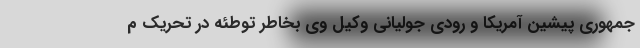
جمهوری پیشین آمریکا و رودی جولیانی وکیل وی بخاطر توطئه در تحریک م